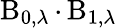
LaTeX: \operatorname{B}_{0,\lambda}\cdot\operatorname{B}_{1,\lambda}